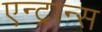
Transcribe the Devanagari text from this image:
एन्ट्रान्स